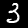
Label: 3